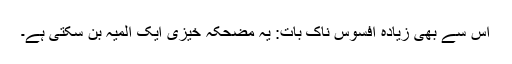
اس سے بھی زیادہ افسوس ناک بات: یہ مضحکہ خیزی ایک المیہ بن سکتی ہے۔